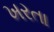
ખરતા